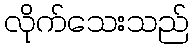
လိုက်သေးသည်